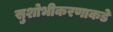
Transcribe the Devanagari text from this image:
सुशोभीकरणाकडे